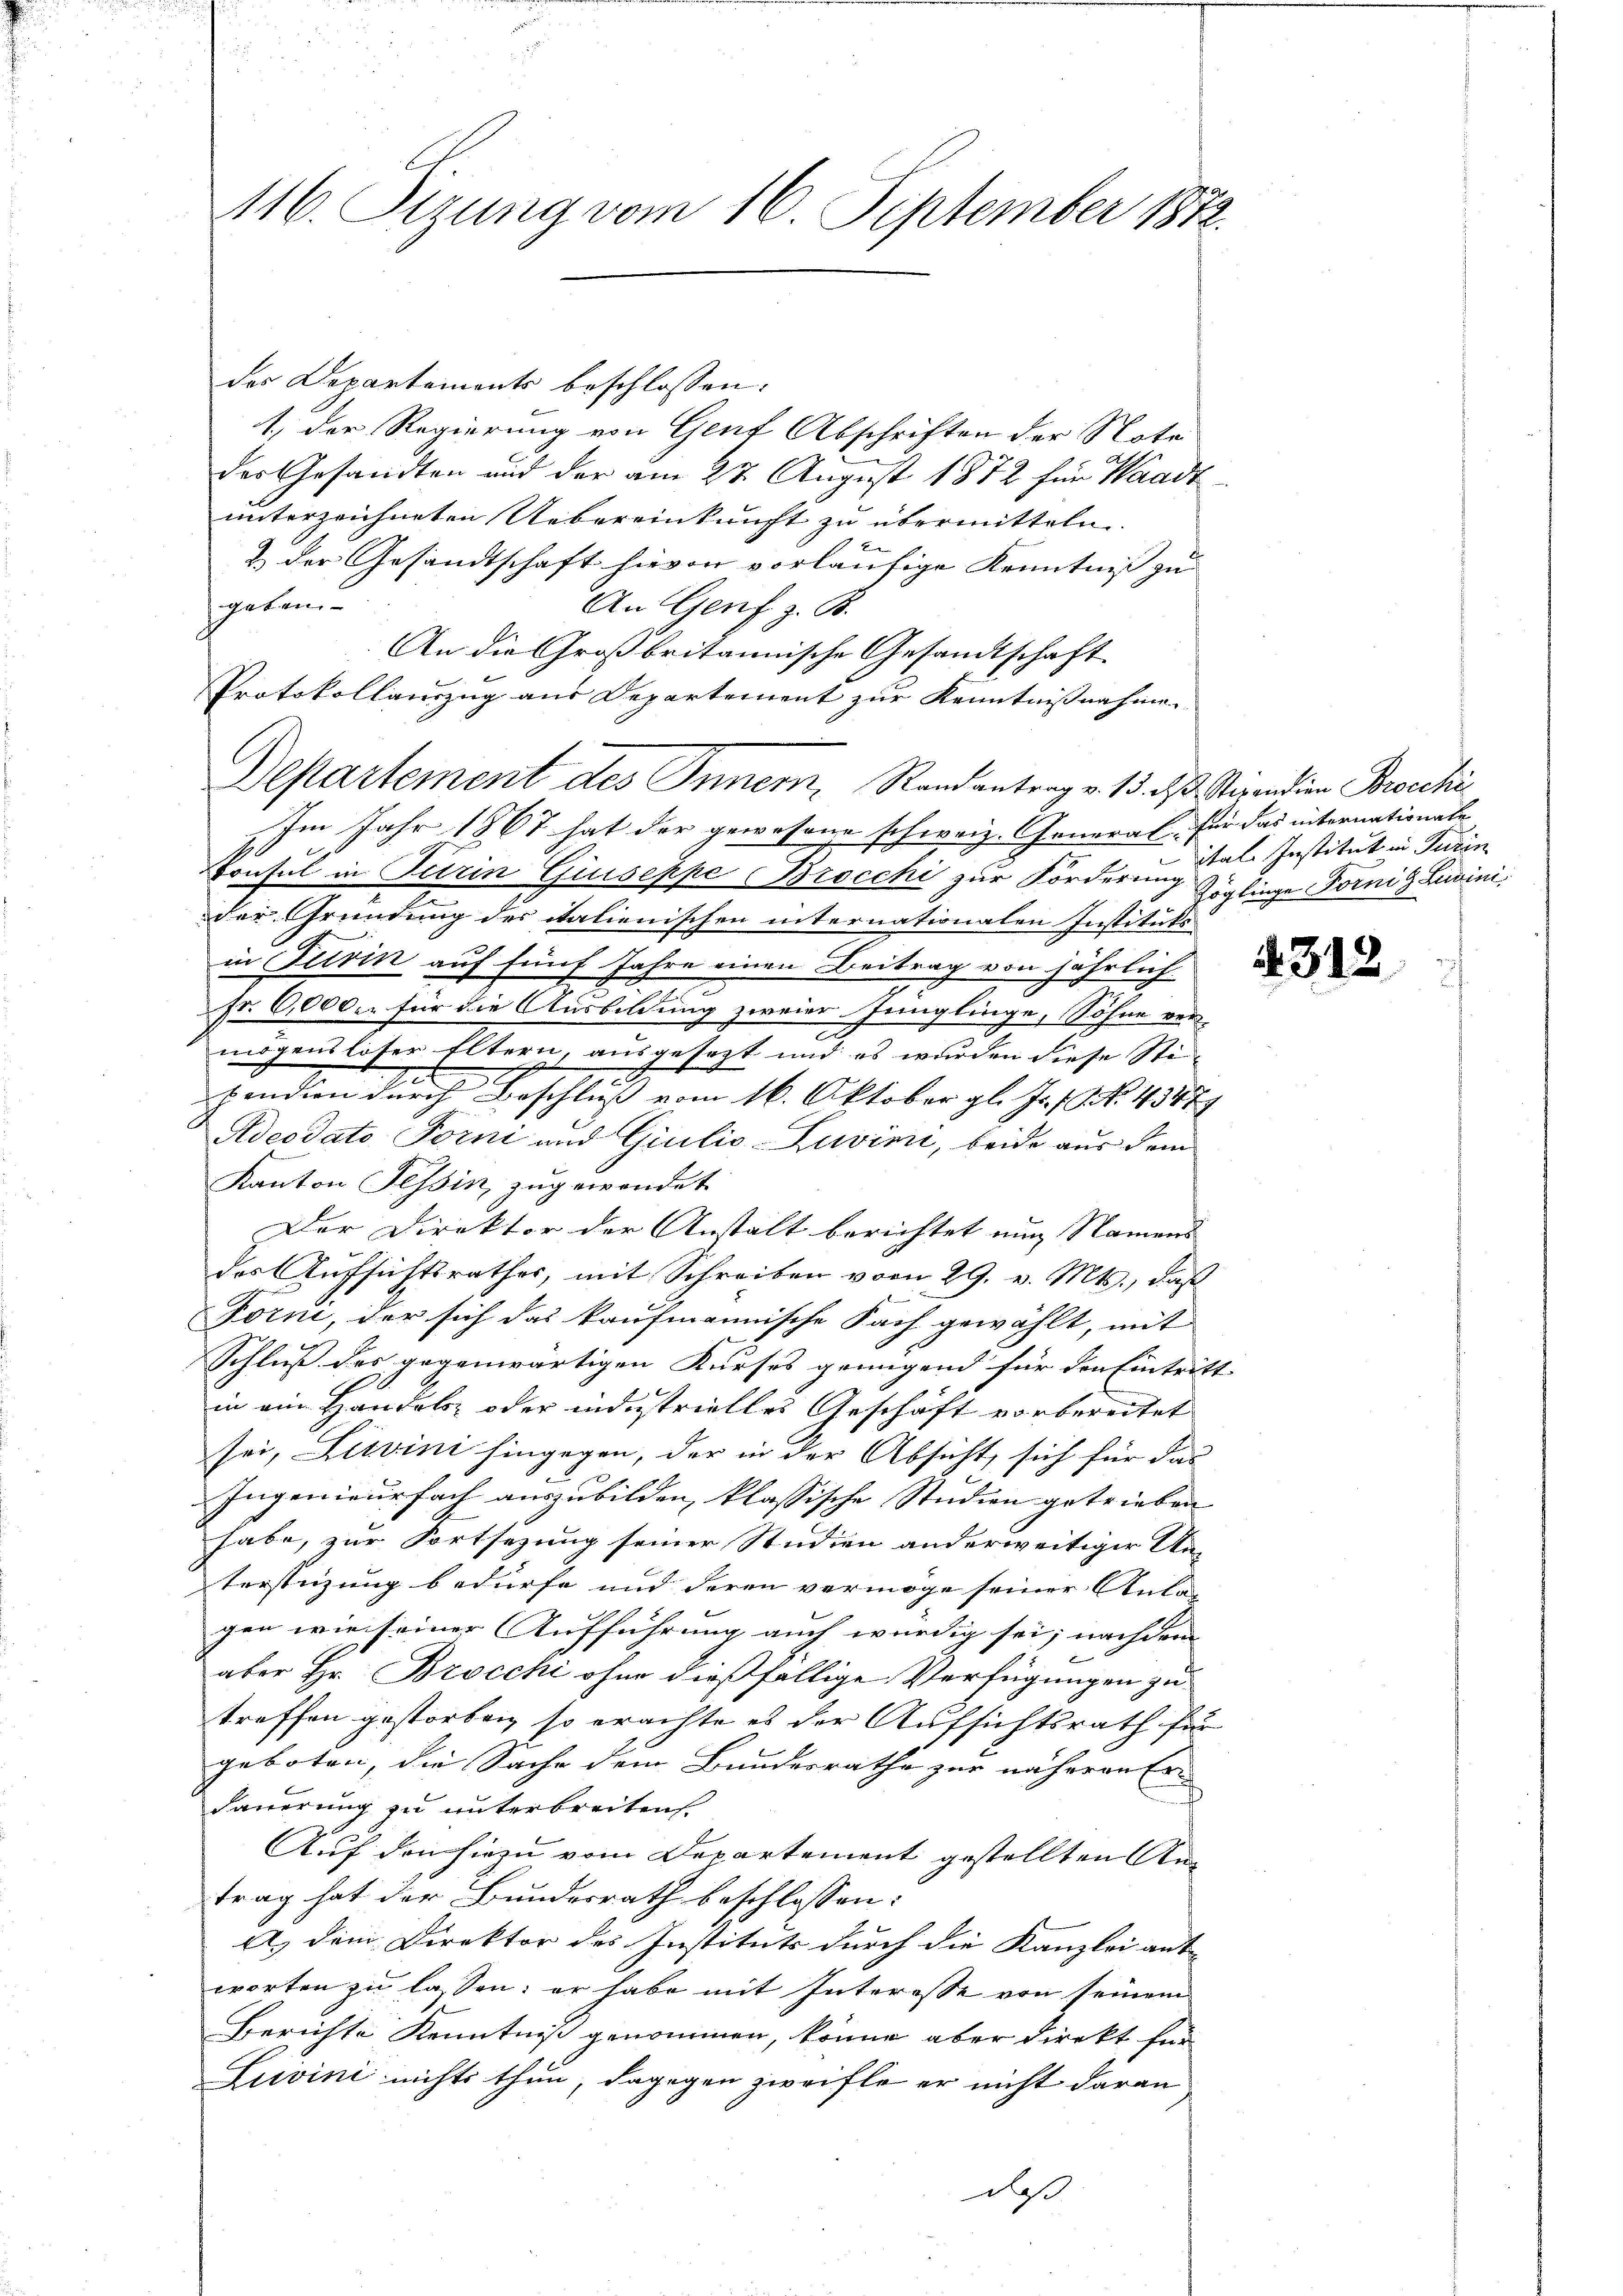
116. Sizung vom 16. September 1872.

des Departements beschlossen:
1., der Regierung von Genf Abschriften der Note
des Gesandten und der am 27. August 1872 für Waadt
unterzeichneten Uebereinkunft zu übermitteln.
& der Gesandtschaft hievon vorläufige Kenntniß zu
speten
An Genf z. B.
An die Großbritannische Gesandtschaft
Protokollauszug aus Departement zur Kenntnißnahmen
Departement des Inner, Randantrag v. 13. ds. Stipendien Brocchi
Im Jahr 1867 hat der gewesene schweiz. General für das internationale
Konsul in Turin Giuseppe Brocchi zur Förderung Zöglinge Fornig Luvini,
der Gründung des italienischen internationalen Instituts
in Turin auf fünf Jahre einen Beitrag von jährlich
Fr. 6000. für die Ausbildung zweier Jünglinge, Sohne ver-
mögensloser Eltern, ausgesezt und es wurden diese Stig
3
.
pendien durch Beschluß vom 16. Oktober gl. Js. No. 43474
Adeodato Forn und Giulio-Zuvini, beide aus dem
Kanton Tessin, zugewendet
Der Direktor der Anstalt berichtet nun Namens |
des Aufsichtsrathes, mit Schreiben vom 29. v. Mts., daß
Forni, der sich das kaufmännische Fach gewählt, mit
Schluß des gegenwärtigen Kurses genügend für den Eintritt
in ein Handels- oder indestrielles Geschäft vorbereitet
sei, Livini hingegen, der in der Absicht, sich für das
Ingenieurfach auszubilden, klassische Studien getrieben
habe, zur Fortsezung seiner Studien anderweitiger Un-
terstüzung bedürfe und deren vermöge seiner Anlagen wie seiner Aufführung auch würdig sei; nachdem |
aber Hr. Brocchi ohne dießfällige Verfügungen zu
treffen gestorben so erachte es der Aufsichtsrath für
geboten, die Sache dem Bundesrathe zur näheren Erdauerung zu unterbreiten
Auf den hiezu vom Departement gestellten Antrag hat der Bundesrath beschlossen:
A.) Dem Direktor des Instituts durch die Kanzlei ant
worten zu lassen; er habe mit Interesse von seinem
Berichte Kenntniß genommen, könne aber direkt für
Luvini nichts thun, dagegen zweifle er nicht daran
daß

ital Institut in Turin

. 312.